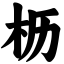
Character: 枥